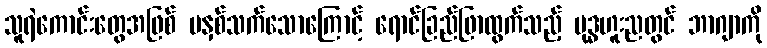
သူရဲကောင်းတွေအဖြစ် မနှစ်သက်သောကြောင့် ရောင်ခြည်ဖြာထွက်သည့် ဗုဒ္ဓဟူးညတွင် ဘာဂျာကို